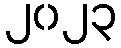
၂၀၂၃